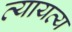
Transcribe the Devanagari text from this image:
व्यायव्य